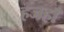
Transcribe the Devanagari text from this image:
हजहाँ